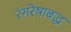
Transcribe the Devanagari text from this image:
रंगरेषाबद्ध